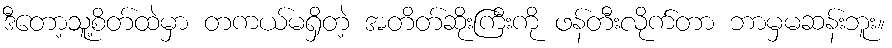
ဒီတော့သူ့စိတ်ထဲမှာ တကယ်မရှိတဲ့ အတိတ်ဆိုးကြီးကို ဖန်တီးလိုက်တာ ဘာမှမဆန်းဘူး။